Annual administration report of the Civil Veterinary Department of India - 1898-1899
Year: 1898
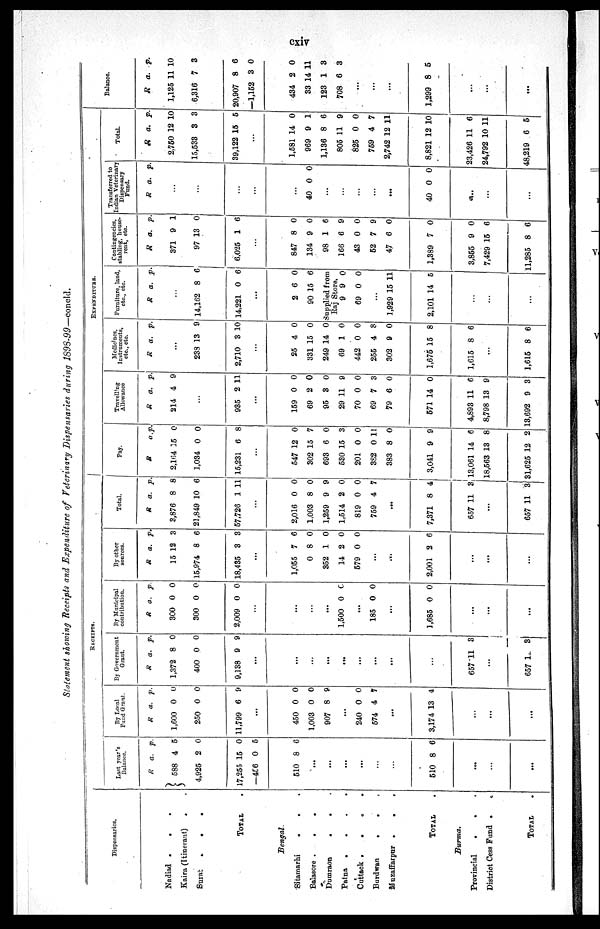
cxiv
Statement showing Receipts and Expenditure of Veterinary Dispensaries during 1898-99—concld.
Dispensaries.
Nadiad . . .
Kaira (Itinerant)
.
Surat
.
.
.
TOTAL
Bengal.
Sitamarhi . . .
Balasore .
.
.
Dumraon
.
.
Patna
.
.
.
.
Cuttack
.
.
.
.
Burdwan
.
.
.
Muzaffarpur
.
.
.
TOTAL
Surma.
Provincial
.
.
.
District Cess Fund
.
.
TOTAL
RECEIPTS.
Last year's
Balance.
R
588
4,925
17,255
—456
a.
4
2
15
0
p.
5
0
0
5
510 8 6
...
...
...
...
...
...
510 8 6
...
...
...
By Local
Fund Grant.
R
1,600
250
11,799
a.
0
0
6
p.
0
0
9
...
450
1,003
907
0
0
8
0
0
9
...
240
574
0
4
0
7
...
3,174 13 4
...
...
...
By Government
Grant.
R
1,372
400
9,138
a.
8
0
9
p.
0
0
9
...
...
...
...
...
...
...
...
...
657 11 3
...
657 1 3
By Municipal
contribution.
R
300
300
2,009
a.
0
0
0
p.
0
0
0
...
...
...
...
1,500 0 0
...
185 0 0
...
1,685 0 0
...
...
...
By other
sources.
R
15
15,974
18,435
a.
12
8
3
p.
3
6
3
...
1,055
0
352
14
579
7
8
1
2
0
6
0
0
0
0
...
...
2,001 2 6
...
...
...
Total.
R
3,876
21,849
57,726
a.
8
10
1
p.
8
6
11
...
2,016
1,003
1,259
1,514
819
759
0
8
9
2
0
4
0
0
9
0
0
7
...
7,371 8 4
657 11 3
...
657 11 3
EXPENDITURE.
Pay.
R
2,104
1,034
15,231
a.
15
0
6
p.
0
0
8
...
547
302
693
530
201
382
383
3,041
13,061
18,563
31,625
12
15
6
15
0
0
8
9
14
13
12
0
7
0
3
0
11
0
9
6
8
2
Travelling
Allowance
R
214
a.
4
p.
9
...
935 2 11
...
159
69
95
29
70
69
79
571
4,893
8,798
13,692
0
2
3
11
0
7
6
14
11
13
9
0
0
0
9
0
3
0
0
6
9
3
Medicines
Instruments
etc., etc.
R a. p.
...
233
2,710
13
3
9
10
...
25
331
249
69
442
255
302
1,675
1,615
4
15
14
1
0
4
9
15
8
0
0
0
0
0
8
0
8
6
...
1,615 8 6
Furniture, land
etc., etc.
R a. p.
...
14,162
14,221
8
0
6
6
...
2
90
6
15
0
6
Supplied from
Raj Store.
9
69
9
0
0
0
...
1,929
2,101
15
14
11
5
...
...
...
Contingencies
stabling, house
rent, etc.
R
371
97
6,025
a.
9
13
1
p.
1
0
6
...
847
134
98
166
43
52
47
1,389
8
9
1
6
0
7
6
7
0
0
6
9
0
9
0
0
3,855
7,429
11,285
9
15
8
0
6
6
Transferred to
Indian Veterinary
Dispensary
Fund.
R a. p
...
...
...
...
...
40 0 0
...
...
...
...
...
40 0 0
...
...
...
Total.
R
2,750
15,533
39,122
a.
12
3
15
p.
10
3
5
...
1,581
969
1,136
805
825
759
2,742
8,821
14
9
8
11
0
4
12
12
0
1
6
9
0
7
11
10
23,426
24,792
48,219
11
10
6
6
11
5
Balance.
R
1,125
6,316
20,907
—1,152
a.
11
7
8
3
p.
10
3
6
0
434
33
123
708
2
14
1
6
0
11
3
3
...
...
...
1,299 8 5
...
...
...